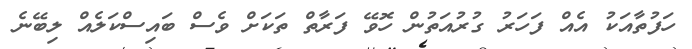
ހަފުތާއަކު އެއް ފަހަރު ގުރުއަތުން ހޮވޭ ފަރާތް ތަކަށް ވެސް ބައިސްކަލެއް ލިބޭނެ